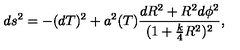
d s ^ { 2 } = - ( d T ) ^ { 2 } + a ^ { 2 } ( T ) \frac { d R ^ { 2 } + R ^ { 2 } d \phi ^ { 2 } } { ( 1 + \frac { k } { 4 } R ^ { 2 } ) ^ { 2 } } ,